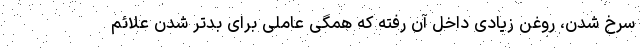
سرخ شدن، روغن زیادی داخل آن رفته که همگی عاملی برای بدتر شدن علائم